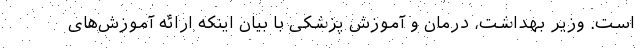
است. وزیر بهداشت، درمان و آموزش پزشکی با بیان اینکه ارائه آموزش‌های